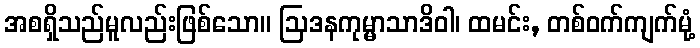
အစရှိသည်မူလည်းဖြစ်သော။ ဩဒနကုမ္မာသာဒိဝါ၊ ထမင်း, တစ်ဝက်ကျက်မုံ့